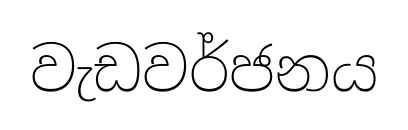
වැඩවර්ජනය